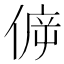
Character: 𠊴